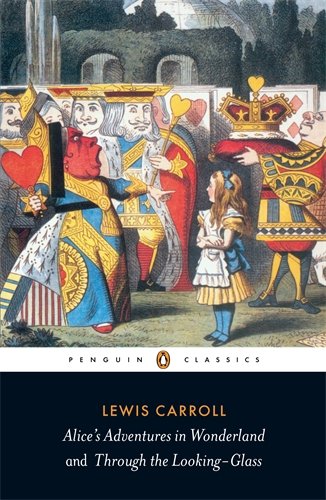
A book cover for Alice's Adventures in Wonderland and Through the Looking-Glass (Penguin Classics); Lewis Carroll; Literature & Fiction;